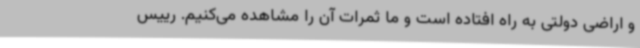
و اراضی دولتی به راه افتاده است و ما ثمرات آن را مشاهده می‌کنیم. رییس